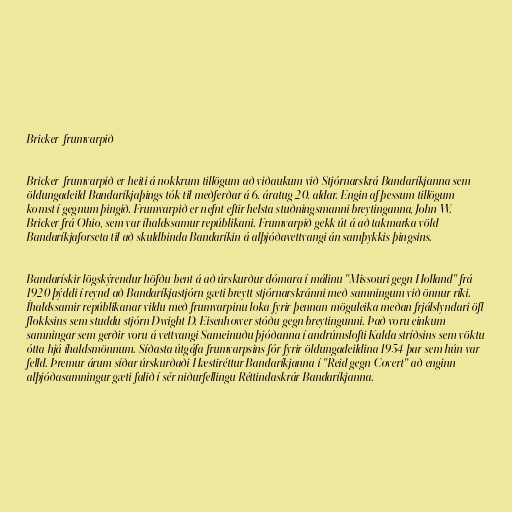
Bricker-frumvarpið

Bricker-frumvarpið er heiti á nokkrum tillögum að viðaukum við Stjórnarskrá Bandaríkjanna sem
öldungadeild Bandaríkjaþings tók til meðferðar á 6. áratug 20. aldar. Engin af þessum tillögum
komst í gegnum þingið. Frumvarpið er nefnt eftir helsta stuðningsmanni breytinganna, John W.
Bricker frá Ohio, sem var íhaldssamur repúblikani. Frumvarpið gekk út á að takmarka völd
Bandaríkjaforseta til að skuldbinda Bandaríkin á alþjóðavettvangi án samþykkis þingsins.

Bandarískir lögskýrendur höfðu bent á að úrskurður dómara í málinu "Missouri gegn Holland" frá
1920 þýddi í reynd að Bandaríkjastjórn gæti breytt stjórnarskránni með samningum við önnur ríki.
Íhaldssamir repúblikanar vildu með frumvarpinu loka fyrir þennan möguleika meðan frjálslyndari öfl
flokksins sem studdu stjórn Dwight D. Eisenhower stóðu gegn breytingunni. Það voru einkum
samningar sem gerðir voru á vettvangi Sameinuðu þjóðanna í andrúmslofti Kalda stríðsins sem vöktu
ótta hjá íhaldsmönnum. Síðasta útgáfa frumvarpsins fór fyrir öldungadeildina 1954 þar sem hún var
felld. Þremur árum síðar úrskurðaði Hæstiréttur Bandaríkjanna í "Reid gegn Covert" að enginn
alþjóðasamningur gæti falið í sér niðurfellingu Réttindaskrár Bandaríkjanna.